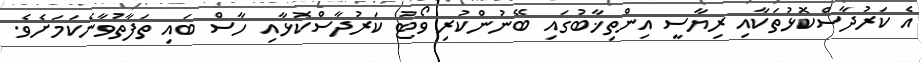
އެ ކަރުދާސްކޮޅުތަކާއި ރިޔާސީ އިންތިޚާބުގައި ބޭނުންކުރި ވޯޓު ކަރުދާސްކޮޅާއި ހާސް ބައި ތަފާތުވާނެކަމަށެވެ.